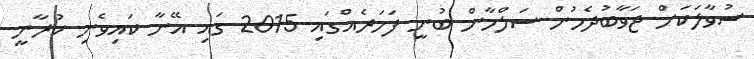
ސުވާލަކަށް ޖަވާބުދެމުން ސަލްމާން ބުނީ ފަހަރެއްގައި 2015 ގައި އޭނާ ކައިވެނި ކުރާނީ